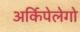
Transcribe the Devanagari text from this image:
अर्किपेलेगो